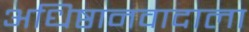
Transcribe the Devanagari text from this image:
अधिष्ठानवादाला